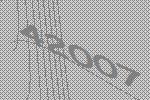
42007